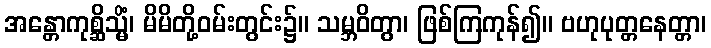
အန္တောကုစ္ဆိသ္မိံ၊ မိမိတို့ဝမ်းတွင်း၌။ သမ္ဘဝိတွာ၊ ဖြစ်ကြကုန်၍။ ဗဟုပုတ္တနေတ္တာ၊